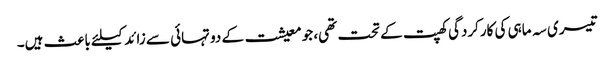
تیسری سہ ماہی کی کارکردگی کھپت کے تحت تھی، جو معیشت کے دو تہائی سے زائد کیلئے باعث ہیں۔